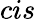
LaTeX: cis